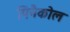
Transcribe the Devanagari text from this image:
पिनैकोल